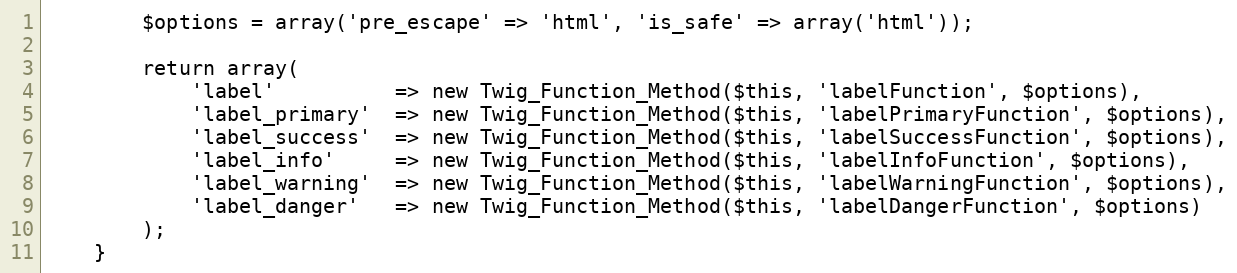
Language: PHP
        $options = array('pre_escape' => 'html', 'is_safe' => array('html'));

        return array(
            'label'          => new Twig_Function_Method($this, 'labelFunction', $options),
            'label_primary'  => new Twig_Function_Method($this, 'labelPrimaryFunction', $options),
            'label_success'  => new Twig_Function_Method($this, 'labelSuccessFunction', $options),
            'label_info'     => new Twig_Function_Method($this, 'labelInfoFunction', $options),
            'label_warning'  => new Twig_Function_Method($this, 'labelWarningFunction', $options),
            'label_danger'   => new Twig_Function_Method($this, 'labelDangerFunction', $options)
        );
    }